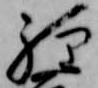
経